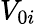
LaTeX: V_{0i}